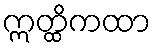
ဣတ္ထိကထာ